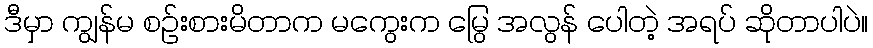
ဒီမှာ ကျွန်မ စဉ်းစားမိတာက မကွေးက မြွေ အလွန် ပေါတဲ့ အရပ် ဆိုတာပါပဲ။